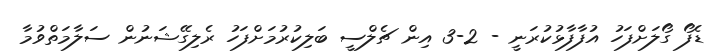
ޑެފޯ ގޯލަށްފަހު އުފާފާޅުކުރަނީ - 2-3 އިން ޗެލްސީ ބަލިކުރުމަށްފަހު ރެލިގޭޝަނުން ސަލާމަތްވުމާ